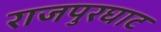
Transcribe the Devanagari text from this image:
राजपुरघाट